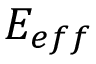
E _ { e f f }